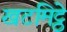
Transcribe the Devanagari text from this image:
खटमिट्ठे